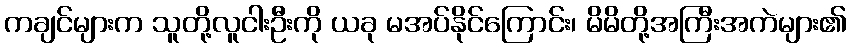
ကချင်များက သူတို့လူငါးဦးကို ယခု မအပ်နိုင်ကြောင်း၊ မိမိတို့အကြီးအကဲများ၏